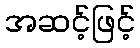
အဆင့်ဖြင့်